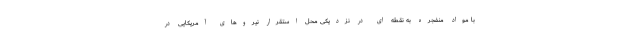
با مواد منفجره به نقطه ای در نزدیکی محل استقرار نیروهای آمریکایی در